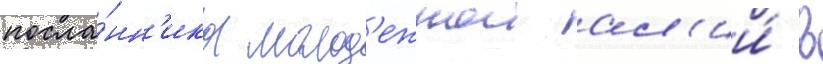
посла́нн'ика молод'ежнои ал'ии́ в